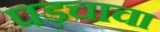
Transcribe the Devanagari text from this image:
पड़चाचा